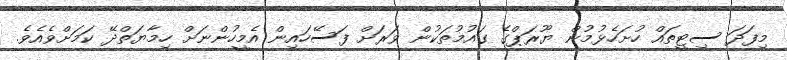
މިފަދަ ސިޓީތައް ހުށަހެޅުމުން ޔޫރަޕްގެ ގައުމުތަކުން ވަރަށް ފަސޭހައިން އެމީހުންނަށް ހިމާޔަތްދޭ ކަމަށްވެއެވެ.